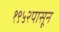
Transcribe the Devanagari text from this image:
१९५२पासून